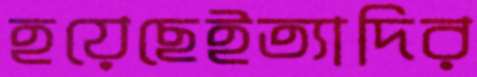
হয়েছেইত্যাদির